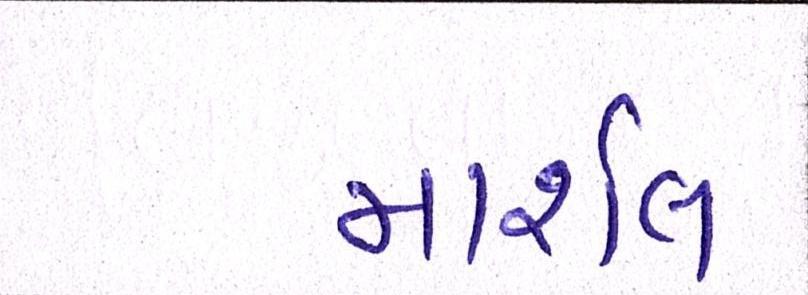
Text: માર્શલ